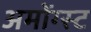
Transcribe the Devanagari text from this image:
अमोंग्स्ट